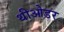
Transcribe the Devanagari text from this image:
थीओडर